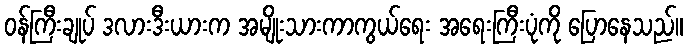
ဝန်ကြီးချုပ် ဒလားဒီးယားက အမျိုးသားကာကွယ်ရေး အရေးကြီးပုံကို ပြောနေသည်။